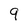
Character: 9